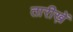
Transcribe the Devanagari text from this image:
तारीख़ें